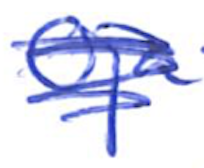
Text: Oja
Cross-out: scratch
Writing tool: ballpoint